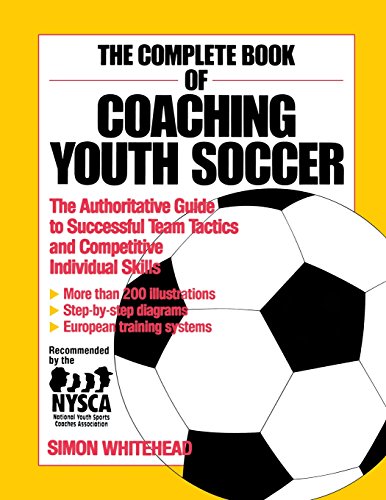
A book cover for The Complete Book of Coaching Youth Soccer; Simon Whitehead; Sports & Outdoors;